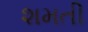
શમતી